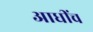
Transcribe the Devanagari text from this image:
आधींच